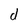
Character: d